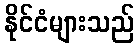
နိုင်ငံများသည်